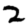
Digit: 2